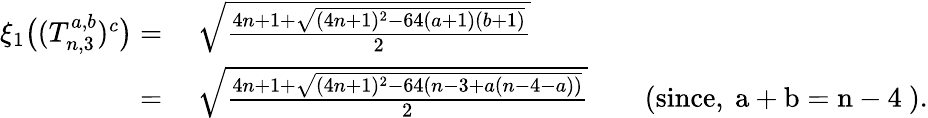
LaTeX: \begin{array}{rl}{\xi_{1}\big((T_{n,3}^{a,b})^{c}\big)=}&{~\sqrt{\frac{4n+1+\sqrt{(4n+1)^{2}-64(a+1)(b+1)}}{2}}}\\ {=}&{~\sqrt{\frac{4n+1+\sqrt{(4n+1)^{2}-64(n-3+a(n-4-a))}}{2}}\qquad\mathrm{(since,~a+b=n-4~)}.}\end{array}